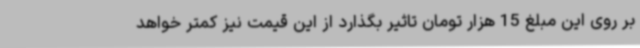
بر روی این مبلغ 15 هزار تومان تاثیر بگذارد از این قیمت نیز کمتر خواهد